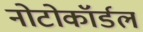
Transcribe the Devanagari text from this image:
नोटोकॉर्डल